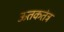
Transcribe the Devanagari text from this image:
ऊतकतंत्र